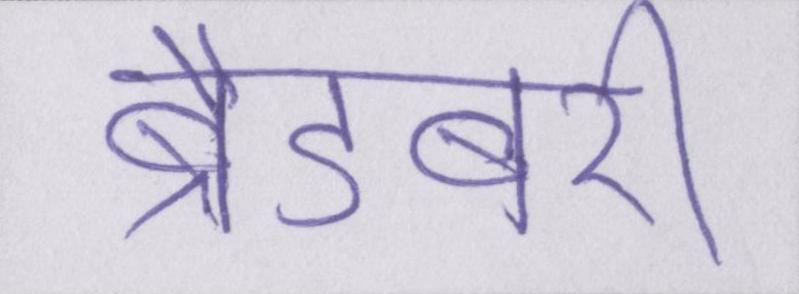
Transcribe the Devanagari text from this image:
ब्रैडबरी